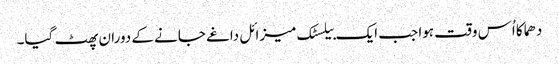
دھماکا اُس وقت ہوا جب ایک بیلسٹک میزائل داغے جانے کے دوران پھٹ گیا۔